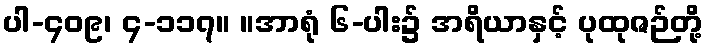
ပါ-၄၀၉၊ ၄-၁၁၇။ ။အာရုံ ၆-ပါး၌ အရိယာနှင့် ပုထုဇဉ်တို့